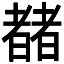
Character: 𬚍